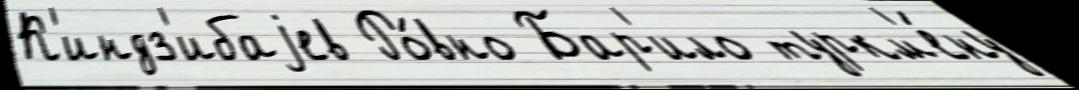
К'индз'ибаjев Ро́вно Бар'ило туркм'е́ну